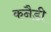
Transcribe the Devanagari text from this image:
कनैडी